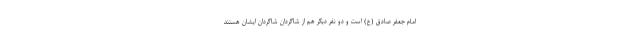
امام جعفر صادق (ع) است و دو نفر دیگر هم از شاگردان شاگردان ایشان هستند